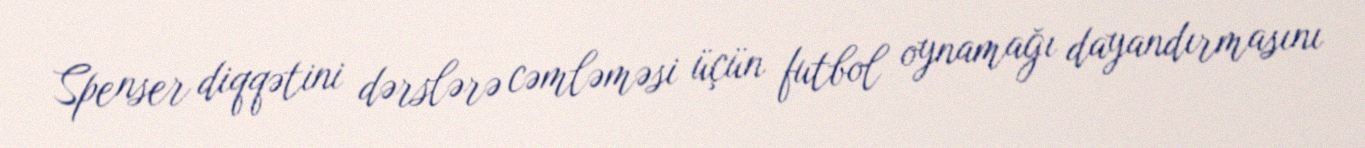
Spenser diqqətini dərslərə cəmləməsi üçün futbol oynamağı dayandırmasını